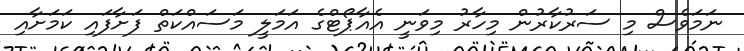
ނަމަވެސް މި ސަރުކާރުން މިހާރު މިވަނީ އެއާޕޯޓްގެ އަމަލީ މަސައްކަތް ފަށާފައި ކަމަށާއި